Annual report of the Imperial Bacteriological Laboratory, Muktesar
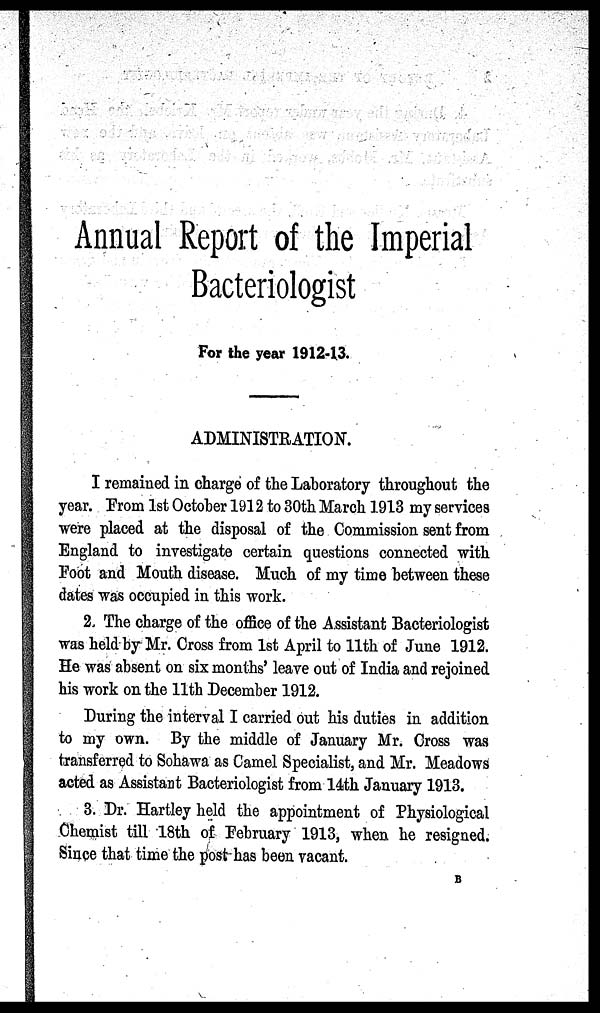
Annual Report of the Imperial
Bacteriologist
For the year 1912-13.
ADMINISTRATION.
I remained in charge of the Laboratory throughout the
year. From 1st October 1912 to 30th March 1913 my services
were placed at the disposal of the Commission sent from
England to investigate certain questions connected with
Foot and Mouth disease. Much of my time between these
dates was occupied in this work.
2. The charge of the office of the Assistant Bacteriologist
was held by Mr. Cross from 1st April to 11th of June 1912.
He was absent on six months' leave out of India and rejoined
his work on the 11th December 1912.
During the interval I carried out his duties in addition
to my own. By the middle of January Mr. Cross was
transferred to Sohawa as Camel Specialist, and Mr. Meadows
acted as Assistant Bacteriologist from 14th January 1913.
3. Dr. Hartley held the appointment of Physiological
Chemist till 18th of February 1913, when he resigned.
Since that time the post has been vacant.
B